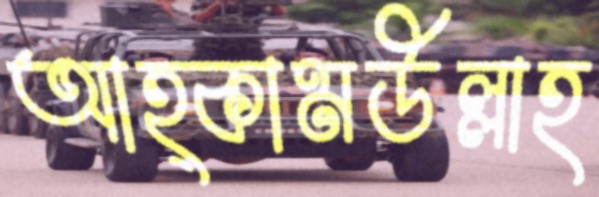
আহ্কামউল্লাহ